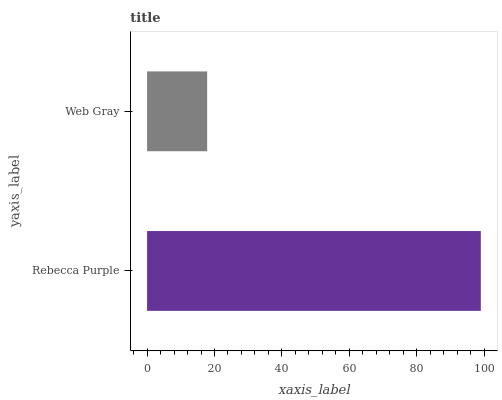
| yaxis_label | bars |
 | --- | --- |
 | Rebecca Purple | 99 |
 | Web Gray | 17.8 |